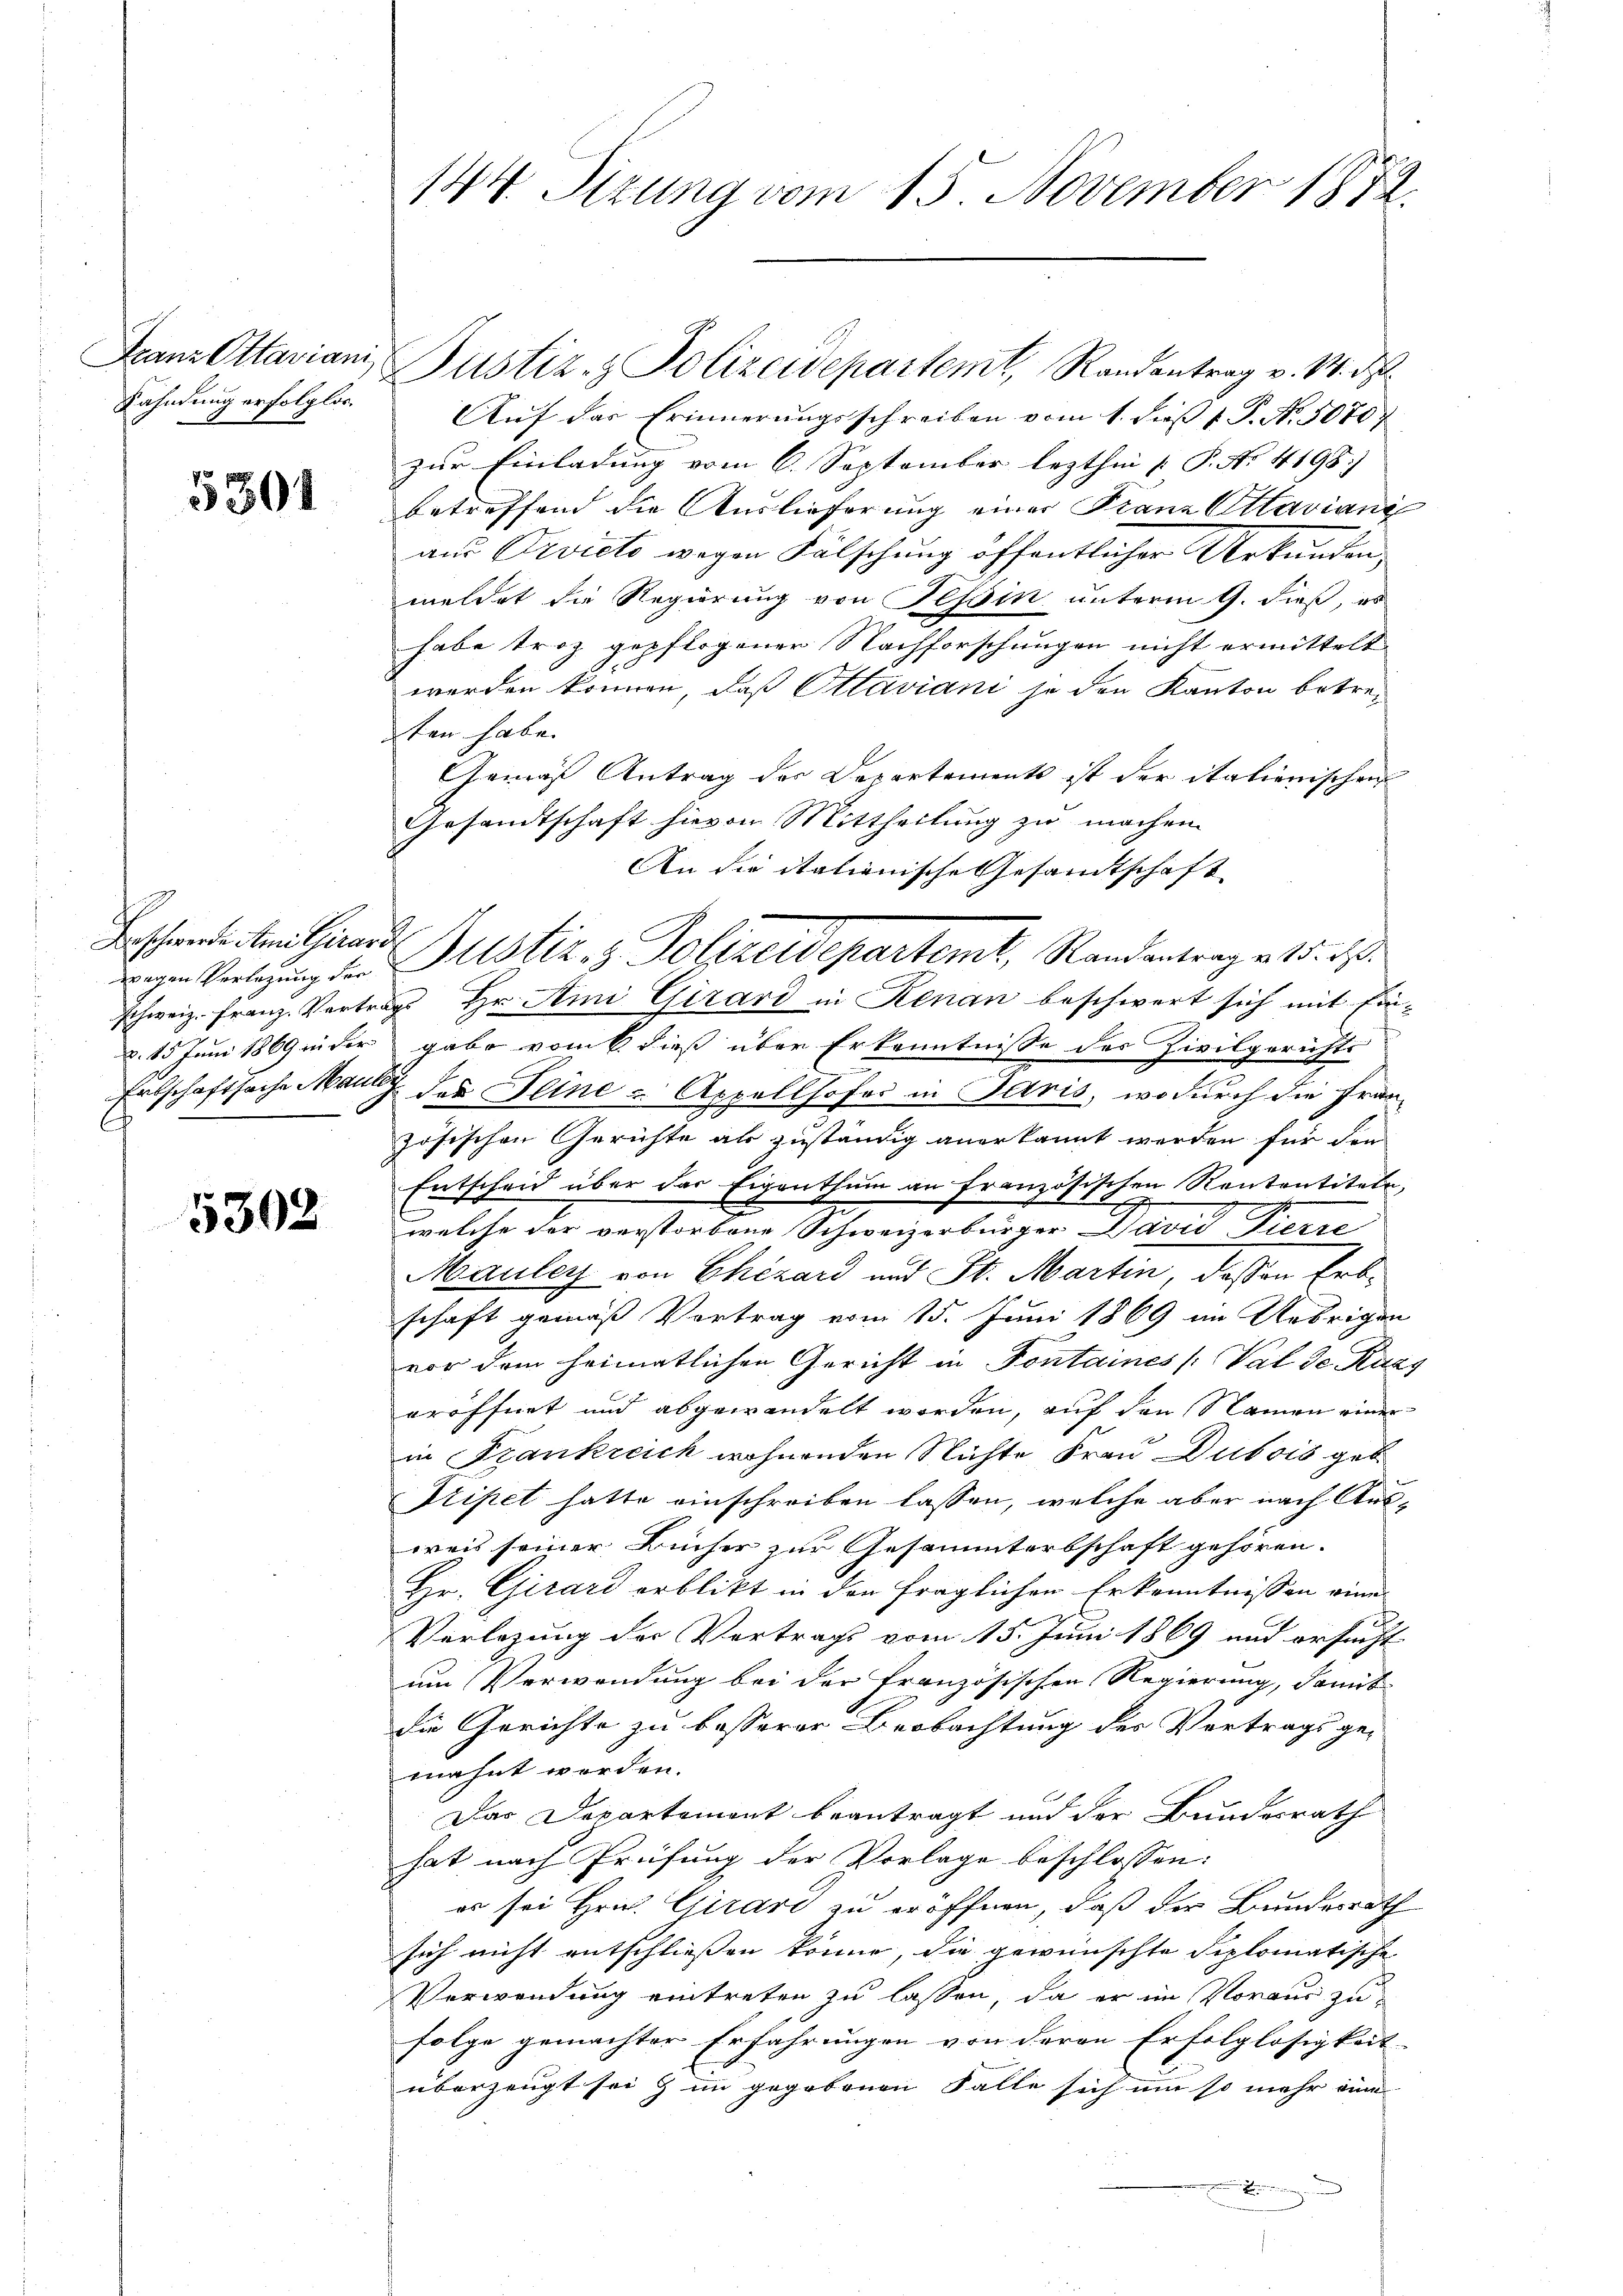
5301

Franz Ottaviani, Bustiz- & Polizeidepartemt, Randantrag v. M. ds.
Fahndung erfolglos. Aŭf das Erinnerungsschreiben vom 1. dieβ 1. P. N. 5070;
zur Einladung vom 6. September lezthin  P. No. 4198)
betreffend die Auslieferung einer Franz Ottaviani
aus Pivicto wegen Fälschung öffentlicher Urkunden,
meldet die Regierung von Tessin unterm 9. dieß, es
habe troz gepflogener Nachforschungen nicht ermittelt
werden können, daß Ottaviani so den Kanton betreten habe.
Gemäß Antrag der Departements ist der itationischen
Gesandtschaft hievon Mittheilung zu machen.
An die itationische Gesamtschaft
Bassenheiten Guard Justiz & Polizeidepartemt, Randentrages d. d.
schweiz. Franz-Vertrags, Hr. Ami Girard in Renau beschwert sich mit Ein-
d. 15 Juni 1869 in der gabe vom 6 dieß über Erkenntnisse des Zivilgerichts
Erbschaftsache Mann der Seine u Appellhofer in Paris, wodurch die Französischen Gerichte ab zuständig anerkannt werden für den
Entscheid über das Eigenthum an französischen Rententiteln,
welche der verstorbene Schweizerbürger David Pierre
Mauley von Chizard und St. Martin, dessen Erb-
schaft gemäß Vortrag vom 15. Juni 1869 im Uebrigen
vor dem heimatlichen Gericht in Fontaines (Val de Kuns
eröffnet und abgewandelt worden, auf den Namen einer
in Frankreich wohnenden Nichte Frau Dubois geb
Dripet hatte einschreiben lassen, welche aber nach Ausweis seiner Bücher zur Gesammterbschaft gehören.
Hr. Girard erblickt in den fraglichen Erkenntnissen eine
Verlegung der Vertrags vom 15. Juni 1869 und ersucht
um Verwendung bei der französischen Regierung, damit
die Gerichte zu besserer Beobachtung des Vortrags ge-
eahnt werden.
Das Departement beantragt und der Bundesrath
hat nach Prüfung der Vorlage beschlossen:
er sei Hrn. Girard zu eröffnen, daß der Bundesrath
sich nicht entschließen könne, die gewünschte diplomatische
Verwendung eintreten zu lassen, da er im Voraus zufolge gemachter Erfahrungen von deren Erfolglosigkeit
überzeugt sei & im gegebenen Falle sich um so mehr eine
n un

wegen Verletzung der
c

5302

144. Sizung vom 15. November 1872.